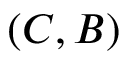
( C , B )